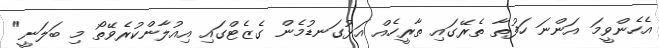
އެހެންވީމަ އަންނަ ހަފުތާ ތެރޭގައި ތާރީހެއް އަޅުގަނޑުމެން ގެޒެޓްގައި އިއުލާންކުރެވޭތޯ މި ބަލަނީ"